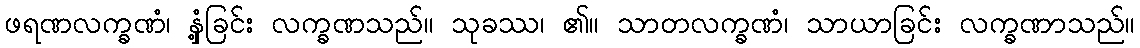
ဖရဏလက္ခဏံ၊ နှံ့ခြင်း လက္ခဏသည်။ သုခဿ၊ ၏။ သာတလက္ခဏံ၊ သာယာခြင်း လက္ခဏာသည်။